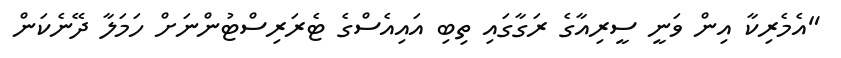
"އެމެރިކާ އިން ވަނީ ސީރިއާގެ ރަގާގައި ތިބި އައިއެސްގެ ޓެރަރިސްޓުންނަށް ހަމަލާ ދޭނެކަން